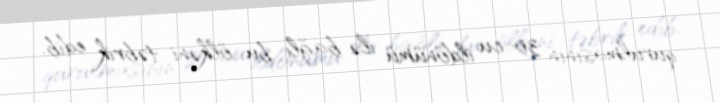
qurulmasının 30-cu ildönümü ilə bağlı bu ölkəni təbrik edib.